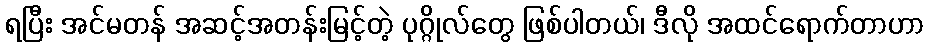
ရပြီး အင်မတန် အဆင့်အတန်းမြင့်တဲ့ ပုဂ္ဂိုလ်တွေ ဖြစ်ပါတယ်၊ ဒီလို အထင်ရောက်တာဟာ